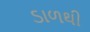
ડાળથી